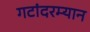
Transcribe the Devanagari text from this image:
गटांदरम्यान